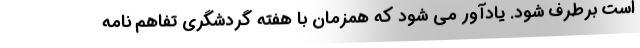
است برطرف شود. یادآور می شود که همزمان با هفته گردشگری تفاهم نامه